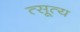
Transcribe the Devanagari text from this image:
त्सूत्य